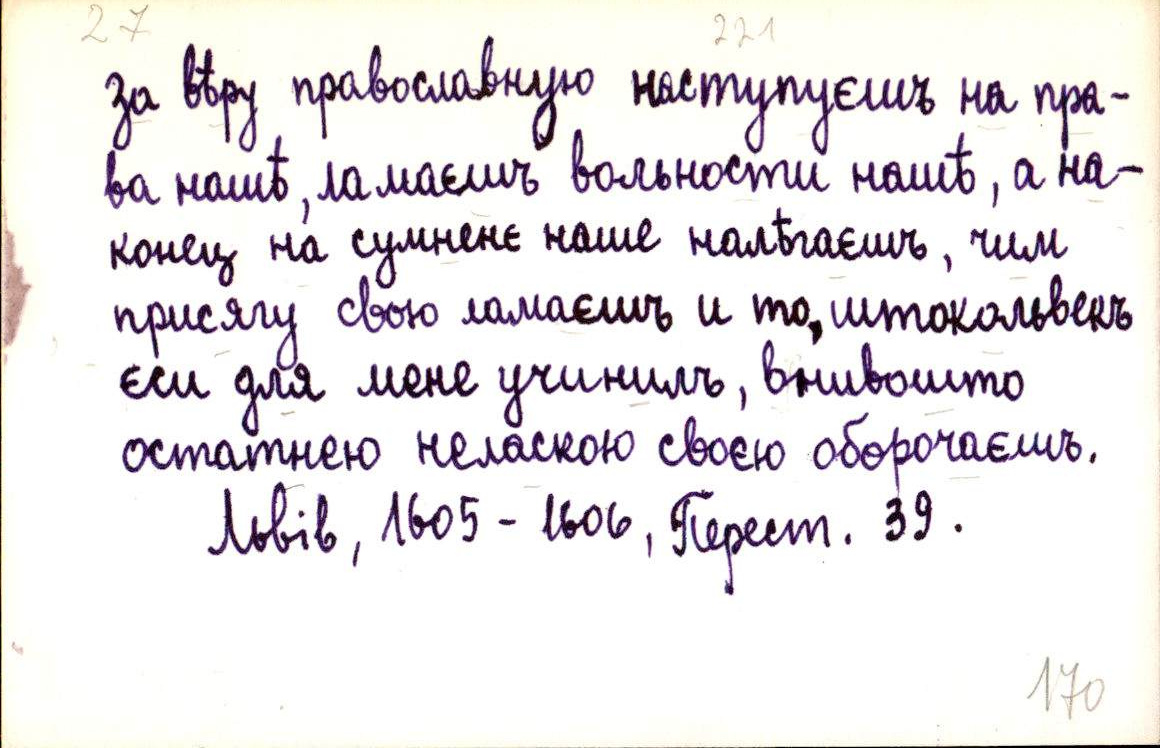
за вѣру православную наступуєшъ на пра-
ва нашѣ, ламаєшъ вольности нашѣ, а на-
конец на сумненє наше налѣгаєшъ, чим
присягу свою ламаєшъ и то, штокольвекъ
єси для мене учинилъ, внивошто
остатнею неласкою своєю оборочаєшъ.
Львів, 1605 - 1606, Перест. 39.